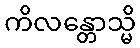
ကိလန္တောသ္မိ